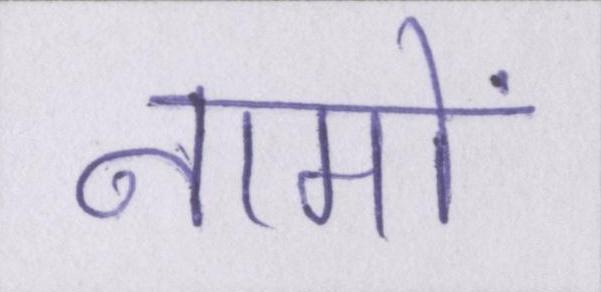
नामों